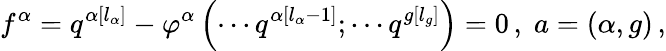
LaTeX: f^{\alpha}=q^{\alpha\left[l_{\alpha}\right]}-\varphi^{\alpha}\left(\cdots q^{\alpha\left[l_{\alpha}-1\right]};\cdots q^{g\left[l_{g}\right]}\right)=0\, ,\; a=\left(\alpha,g\right)\, ,